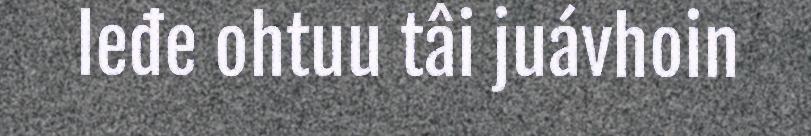
leđe ohtuu tâi juávhoin